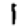
Digit: 1